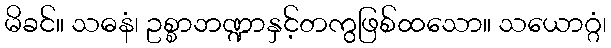
မိခင်။ သဓနံ၊ ဥစ္စာဘဏ္ဍာနှင့်တကွဖြစ်ထသော။ သယောဂ္ဂံ၊